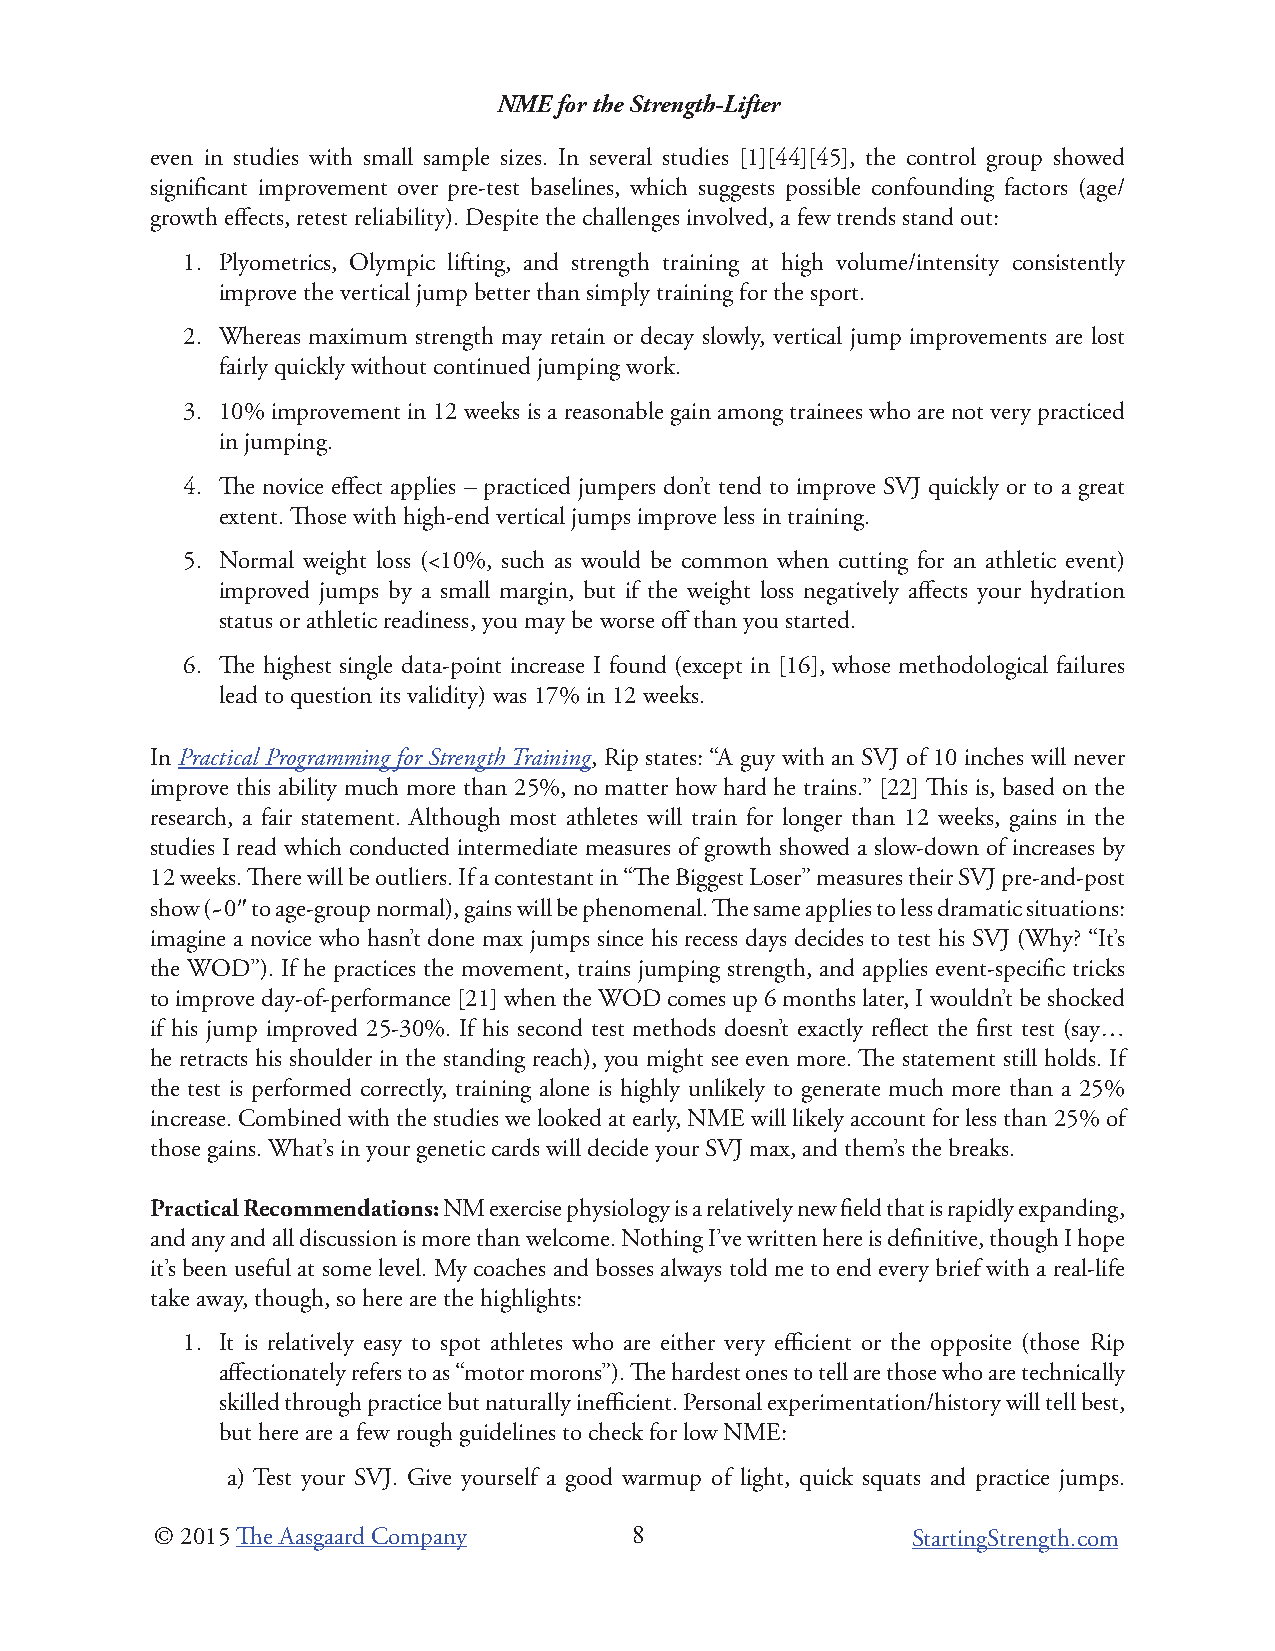
NME for the Strength-Lifter
 even in studies with small sample sizes. In several studies [1][44][45], the control group showed
 significant improvement over pre-test baselines, which suggests possible confounding factors (age/
 growth effects, retest reliability). Despite the challenges involved, a few trends stand out:
 1. Plyometrics, Olympic lifting, and strength training at high volume/intensity consistently
 improve the vertical jump better than simply training for the sport.
 2. Whereas maximum strength may retain or decay slowly, vertical jump improvements are lost
 fairly quickly without continued jumping work.
 3. 10% improvement in 12 weeks is a reasonable gain among trainees who are not very practiced
 in jumping.
 4. The novice effect applies – practiced jumpers don’t tend to improve SVJ quickly or to a great
 extent. Those with high-end vertical jumps improve less in training.
 5. Normal weight loss (<10%, such as would be common when cutting for an athletic event)
 improved jumps by a small margin, but if the weight loss negatively affects your hydration
 status or athletic readiness, you may be worse off than you started.
 6. The highest single data-point increase I found (except in [16], whose methodological failures
 lead to question its validity) was 17% in 12 weeks.
 In Practical Programming for Strength Training, Rip states: “A guy with an SVJ of 10 inches will never
 improve this ability much more than 25%, no matter how hard he trains.” [22] This is, based on the
 research, a fair statement. Although most athletes will train for longer than 12 weeks, gains in the
 studies I read which conducted intermediate measures of growth showed a slow-down of increases by
 12 weeks. There will be outliers. If a contestant in “The Biggest Loser” measures their SVJ pre-and-post
 show (~0″ to age-group normal), gains will be phenomenal. The same applies to less dramatic situations:
 imagine a novice who hasn’t done max jumps since his recess days decides to test his SVJ (Why? “It’s
 the WOD”). If he practices the movement, trains jumping strength, and applies event-specific tricks
 to improve day-of-performance [21] when the WOD comes up 6 months later, I wouldn’t be shocked
 if his jump improved 25-30%. If his second test methods doesn’t exactly reflect the first test (say…
 he retracts his shoulder in the standing reach), you might see even more. The statement still holds. If
 the test is performed correctly, training alone is highly unlikely to generate much more than a 25%
 increase. Combined with the studies we looked at early, NME will likely account for less than 25% of
 those gains. What’s in your genetic cards will decide your SVJ max, and them’s the breaks.
 Practical Recommendations: NM exercise physiology is a relatively new field that is rapidly expanding,
 and any and all discussion is more than welcome. Nothing I’ve written here is definitive, though I hope
 it’s been useful at some level. My coaches and bosses always told me to end every brief with a real-life
 take away, though, so here are the highlights:
 1. It is relatively easy to spot athletes who are either very efficient or the opposite (those Rip
 affectionately refers to as “motor morons”). The hardest ones to tell are those who are technically
 skilled through practice but naturally inefficient. Personal experimentation/history will tell best,
 but here are a few rough guidelines to check for low NME:
 a) Test your SVJ. Give yourself a good warmup of light, quick squats and practice jumps.
 © 2015 The Aasgaard Company     8                 StartingStrength.com